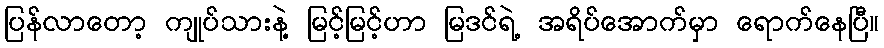
ပြန်လာတော့ ကျုပ်သားနဲ့ မြင့်မြင့်ဟာ မြဒင်ရဲ့ အရိပ်အောက်မှာ ရောက်နေပြီ။